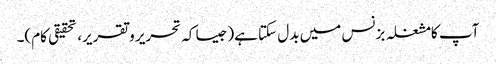
آپ کامشغلہ بزنس میں بدل سکتا ہے(جیسا کہ تحریر و تقریر، تحقیقی کام)۔